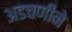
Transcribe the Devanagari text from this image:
अडचणीने